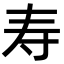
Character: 寿